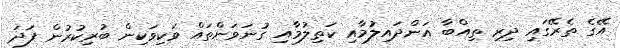
އޭގެ ތެރޭގައި ދިރި ތިއްބާ އަންދައިލުމާއި ކަތިލުމާއި ގުނަވަންތައް ވަކިވަކިން ބުރިކުރުން ފަދަ